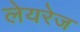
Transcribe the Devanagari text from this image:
लेयरेज